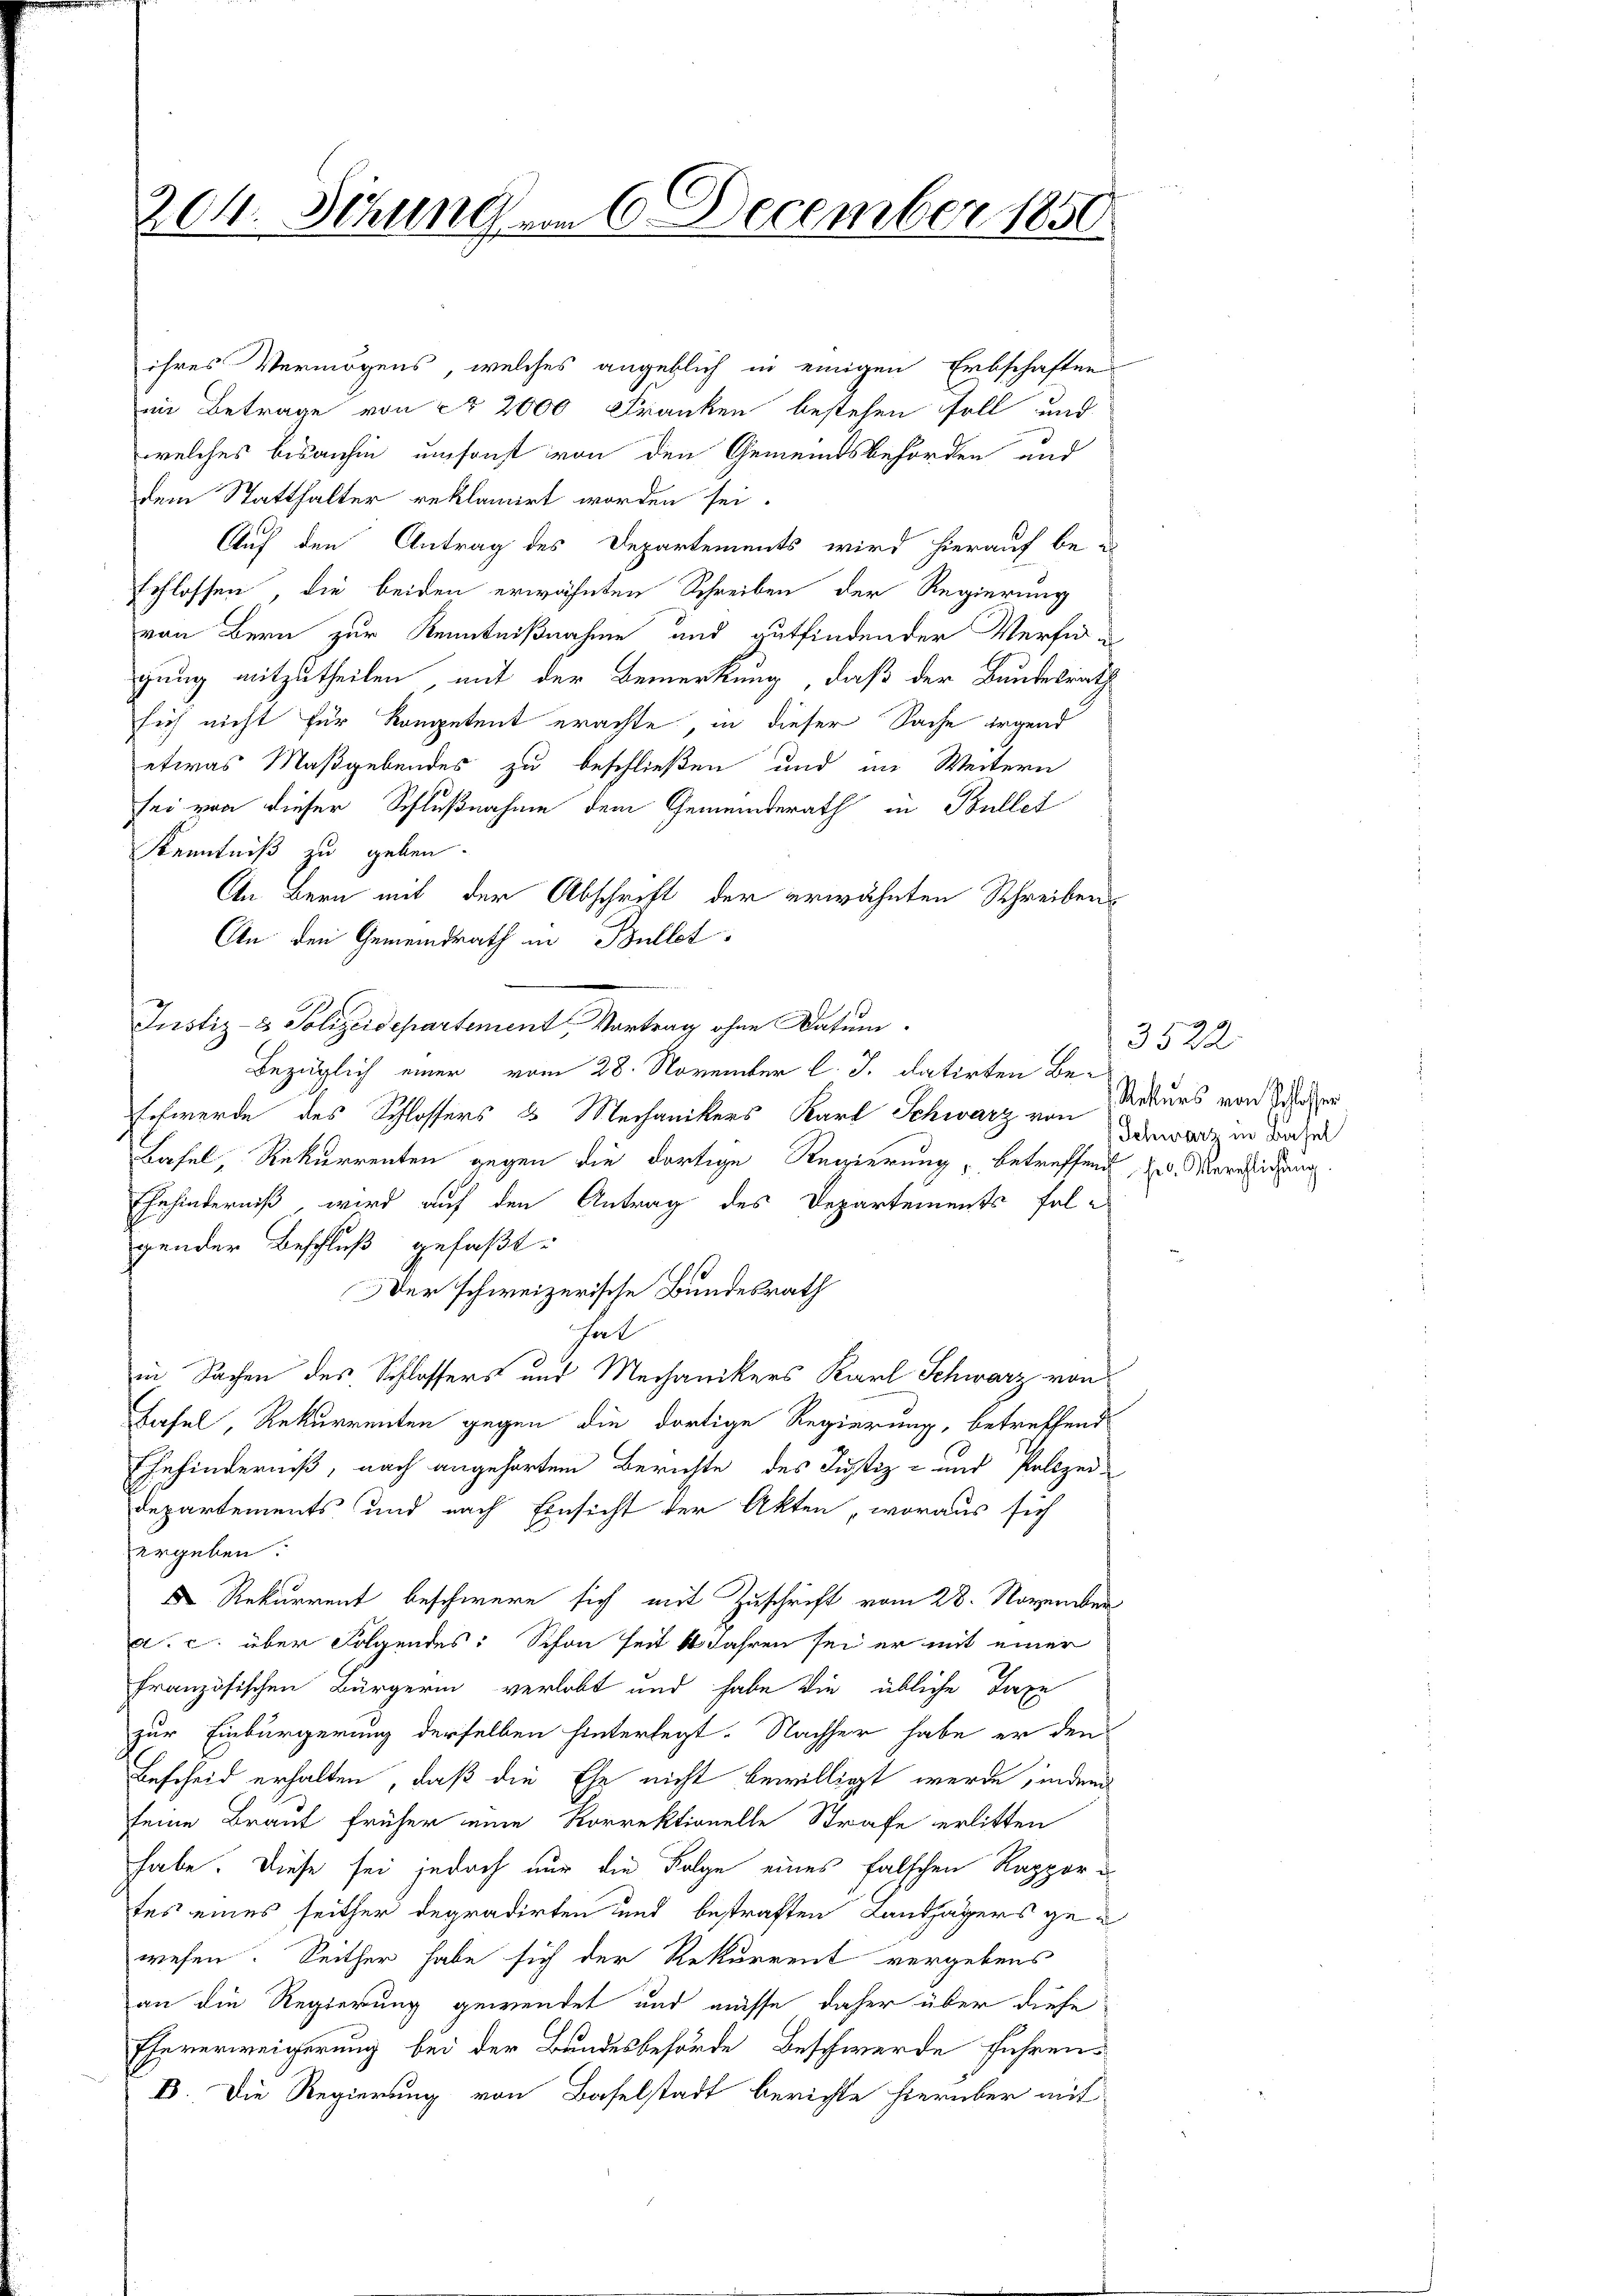
204. Schungem 6. December 1850.

ihres Vermögens, welches angeblich in einigen Erbschaften
in Betrage von ca 2000 Franken bestehen soll und
welches bisanhin umsonst von den Gemeindsbehörden und
dem Statthalter reklamirt worden sei.
Auf den Antrag des Departements wird hierauf be-
schlossen, die beiden erwähnten Schreiben der Regierung
von Bern zur Kenntnißnahme und gutfindender Verfügung mitzutheilen mit der Bemerkung, daß der Bundesrath
sich nicht für Kompetent erachte, in dieser Sache irgend
etwas Maßgebendes zu beschließen und im Weitern
sei von dieser Schlußnahme dem Gemeinderath in Bullet
Kenntniß zu geben.
An Bern mit der Abschrift der erwähnten Schreibens
An den Gemeindrath in Bullet
Justiz- & Polizeidepartement Vortrag ohne Datum.
Bezüglich einer vom 28. November l. J. datirten Be-
schwerde des Schlossers & Mechanikers Karl Schwarz von Dawarz in der zu
Basel, Rekurrenten gegen die dortige Regierung, betreffend zu. Vereichung.
Ehehinderniß wird auf den Antrag des Departements fel-
gender Beschluß gefaßt.
Der schweizerische Bundesrath
hal
in Sachen des Schlossers und Mechanikers Karl Schwarz von
Basel, Rekurrenten gegen die dortige Regierung, betreffend
Ehehinderniß, nach angehörten Berichte des Justiz- und Polizei-
Departements und nach Einsicht der Akten, woraus sich
ergeben.
 Rekurrent beschwere sich mit Zuschrift vom 28. November
a. c. über Folgendes: Schon seit 14 Jahren sei er mit einer
französischen Bürgerin verlobt und habe die übliche Taxe
zur Einbürgerung derselben hinterlegt. Nachher habe er den
Bescheid erhalten, daß die Ehe nicht bewilligt werde, inden
seine Braut früher eine Korrektionelle Strafe erlitten
habe. Diese sei jedoch nur die Folge eines falschen Rappor
tes eines seither degradirten und bestraften Landjägers gewesen. Seither habe sich der Rekurrent vergebens
an die Regierung gewendet und müsse daher über diese
Eheverweigerung bei der Bundesbehörde Beschwerde führen.
B. Die Regierung von Baselstadt berichte hierüber mit

3522
Rekurs von Schlosser